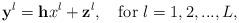
LaTeX: \begin{align*}\mathbf{y}^l=\mathbf{h}x^l+\mathbf{z}^l,\ \ \ \mathrm{for}\ l=1,2,...,L,\end{align*}